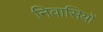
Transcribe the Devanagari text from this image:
निवासियों